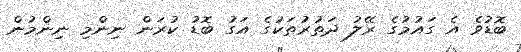
ބޮޑުވެ އެ ގައުމުގެ ރޭލު ދަތުރުތަކުގެ އަގު ބޮޑު ކުރަން ނިންމި ނިންމުން